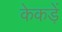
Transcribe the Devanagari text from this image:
केकड़ें